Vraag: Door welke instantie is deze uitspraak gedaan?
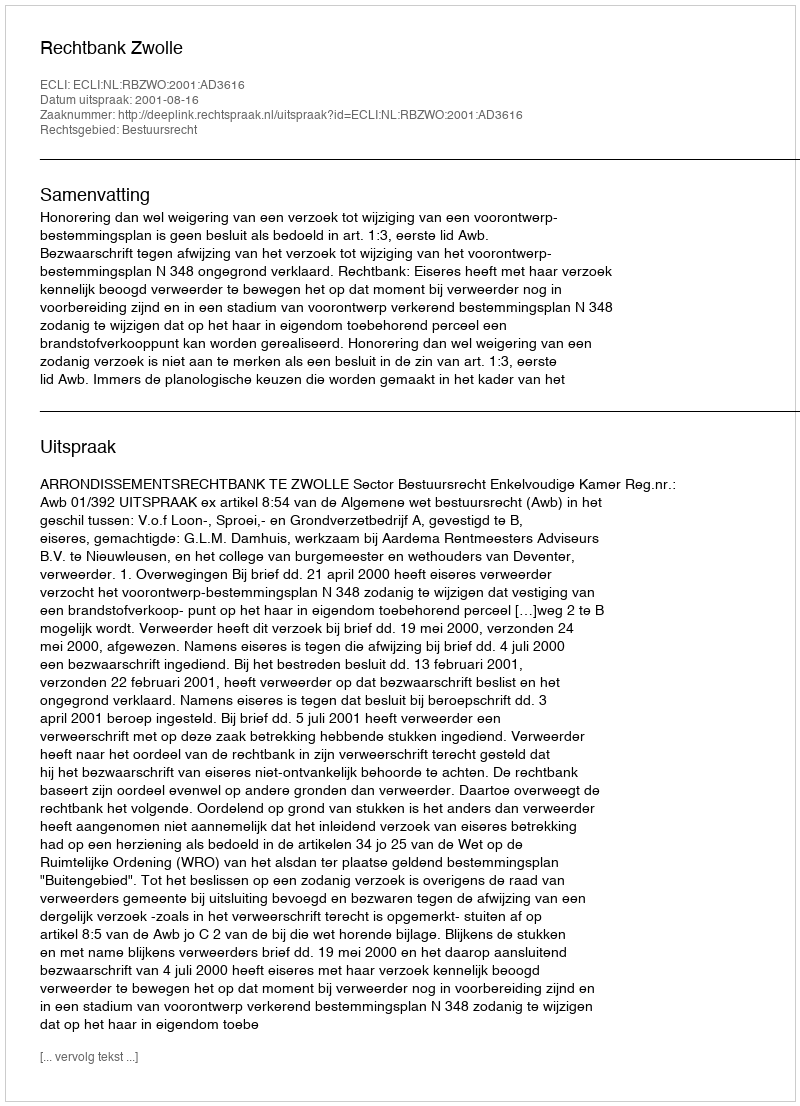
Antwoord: Rechtbank Zwolle